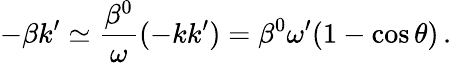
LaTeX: -\beta k^{\prime}\simeq\frac{\beta^{0}}{\omega}(-kk^{\prime})=\beta^{0}\omega^{\prime}(1-\cos\theta)\, .